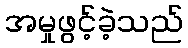
အမှုဖွင့်ခဲ့သည်